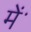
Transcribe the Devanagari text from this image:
मेंॱ